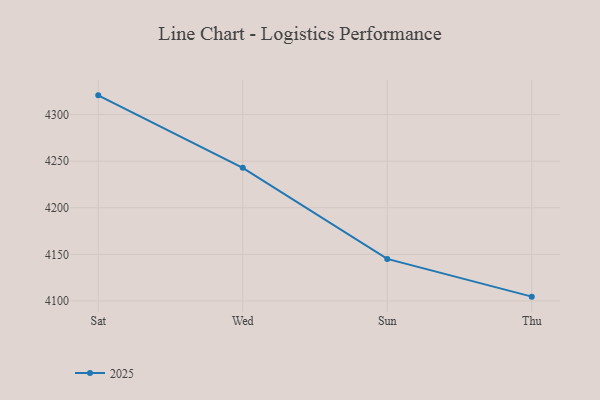
{"axis": {"x": "Day", "y": "Conversion Rate (%)"}, "legend": ["2025"], "data": [{"x": "Sat", "y": 4320.6, "type": "2025"}, {"x": "Wed", "y": 4242.8, "type": "2025"}, {"x": "Sun", "y": 4145.1, "type": "2025"}, {"x": "Thu", "y": 4104.6, "type": "2025"}]}